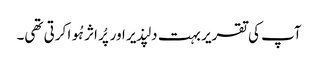
آپ کی تقریر بہت دلپذیر اور پُر اثر ہُوا کرتی تھی۔